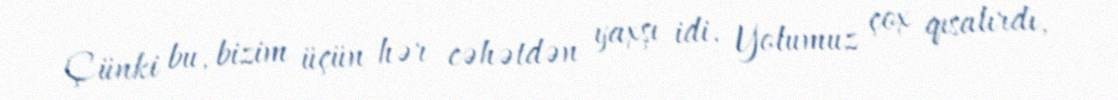
Çünki bu, bizim üçün hər cəhətdən yaxşı idi. Yolumuz çox qısalırdı,